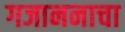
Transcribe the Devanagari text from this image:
गजाननाचा